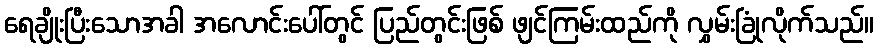
ရေချိုးပြီးသောအခါ အလောင်းပေါ်တွင် ပြည်တွင်းဖြစ် ဖျင်ကြမ်းထည်ကို လွှမ်းခြုံလိုက်သည်။